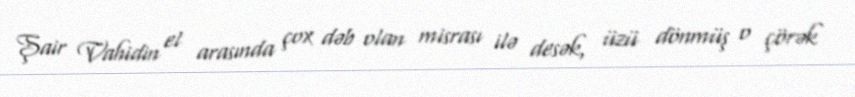
Şair Vahidin el arasında çox dəb olan misrası ilə desək, üzü dönmüş o çörək